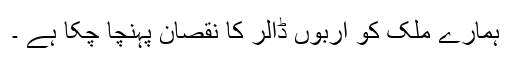
ہمارے ملک کو اربوں ڈالر کا نقصان پہنچا چکا ہے ۔